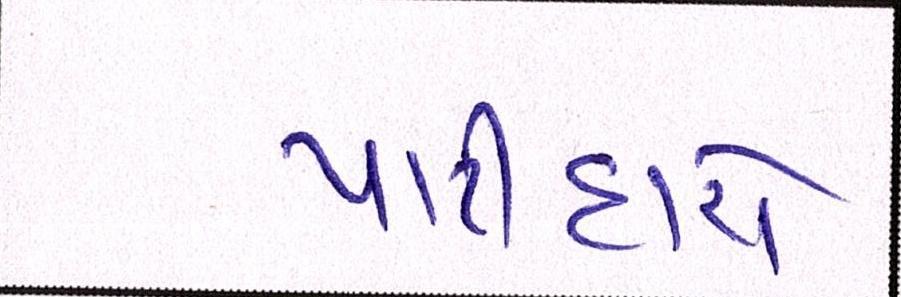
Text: પાટીદારો